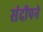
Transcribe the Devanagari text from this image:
संदीपने